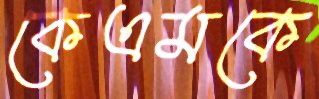
কেএমকে